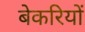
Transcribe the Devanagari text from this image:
बेकरियों